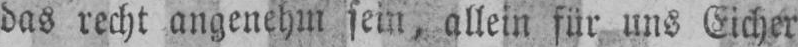
das recht angenehm sein, allein für uns Eicher